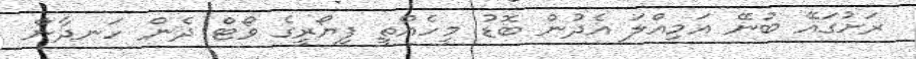
ރަށުގައޭ ބުނޭ އަމިއްލަ އެދުން ބޮޑު މީހެއްތީ ފިޔޯރީގެ ވޯޓް ދެން ހަނދާން